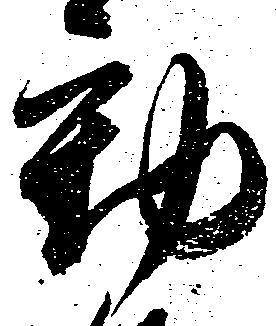
動